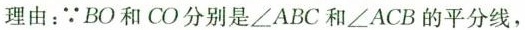
理由：\because BO和CO分别是\angle ABC和\angle ACB的平分线，